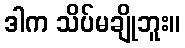
ဒါက သိပ်မချိုဘူး။